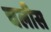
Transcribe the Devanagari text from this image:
चलीस